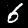
Digit: 6